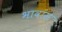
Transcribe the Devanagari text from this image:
भावांस